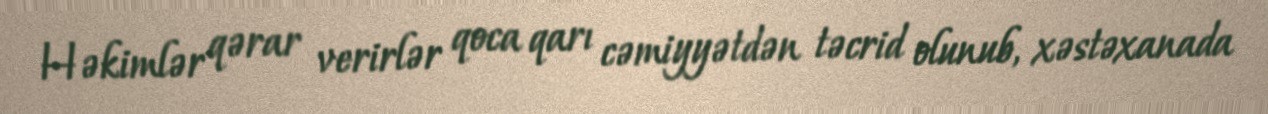
Həkimlər qərar verirlər qoca qarı cəmiyyətdən təcrid olunub, xəstəxanada